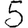
Digit: 5